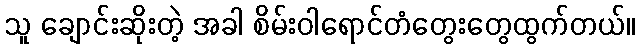
သူ ချောင်းဆိုးတဲ့ အခါ စိမ်းဝါရောင်တံတွေးတွေထွက်တယ်။